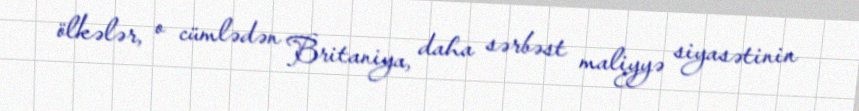
ölkələr, o cümlədən Britaniya, daha sərbəst maliyyə siyasətinin